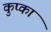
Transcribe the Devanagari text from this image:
कुप्का